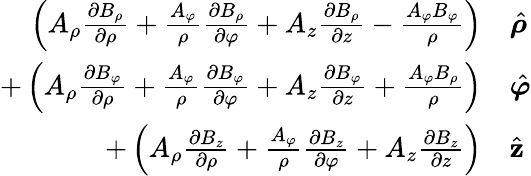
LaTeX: \begin{array}{rl}{\left(A_{\rho}{\frac{\partial B_{\rho}}{\partial\rho}}+{\frac{A_{\varphi}}{\rho}}{\frac{\partial B_{\rho}}{\partial\varphi}}+A_{z}{\frac{\partial B_{\rho}}{\partial z}}-{\frac{A_{\varphi}B_{\varphi}}{\rho}}\right)}&{{}{\hat{\boldsymbol{\rho}}}}\\ {+\left(A_{\rho}{\frac{\partial B_{\varphi}}{\partial\rho}}+{\frac{A_{\varphi}}{\rho}}{\frac{\partial B_{\varphi}}{\partial\varphi}}+A_{z}{\frac{\partial B_{\varphi}}{\partial z}}+{\frac{A_{\varphi}B_{\rho}}{\rho}}\right)}&{{}{\hat{\boldsymbol{\varphi}}}}\\ {+\left(A_{\rho}{\frac{\partial B_{z}}{\partial\rho}}+{\frac{A_{\varphi}}{\rho}}{\frac{\partial B_{z}}{\partial\varphi}}+A_{z}{\frac{\partial B_{z}}{\partial z}}\right)}&{{}{\hat{\mathbf{z}}}}\end{array}